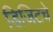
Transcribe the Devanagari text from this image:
डिजिटचे